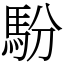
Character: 䭻